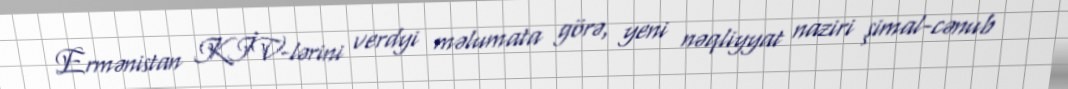
Ermənistan KİV-lərini verdyi məlumata görə, yeni nəqliyyat naziri şimal-cənub